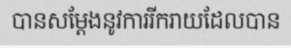
បានសម្តែងនូវការរីករាយដែលបាន